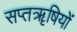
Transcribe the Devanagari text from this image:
सप्तॠषियों